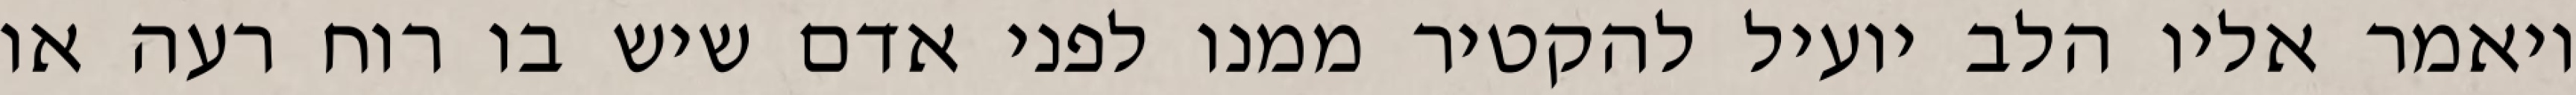
ויאמר אליו הלב יועיל להקטיר ממנו לפני אדם שיש בו רוח רעה או